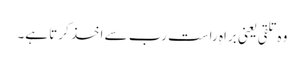
وہ تلقی یعنی براہِ راست رب سے اخذ کرتا ہے۔